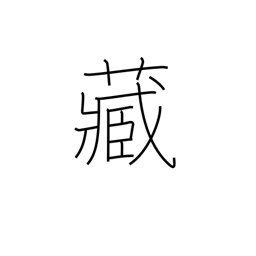
Meaning: own